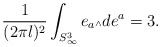
\begin{align*}\frac{1}{(2\pi l)^2}\int_{S^3_{\infty}} e_a {\mbox{\tiny $\wedge$}} de^a = 3.\end{align*}